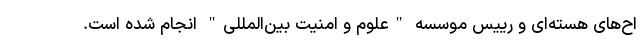
اح‌های هسته‌ای و رییس موسسه "علوم و امنیت بین‌المللی" انجام شده است.